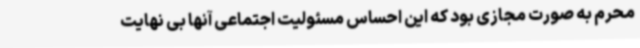
محرم به صورت مجازی بود که این احساس مسئولیت اجتماعی آنها بی نهایت